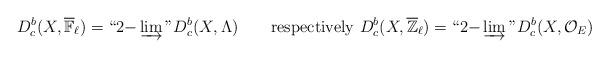
LaTeX: \begin{align*}D_c^b(X,\overline{\mathbb F}_\ell)=``2{\rm-}\varinjlim" D_c^b(X,\Lambda)\qquad{\rm respectively}~D_c^b(X,\overline{\mathbb Z}_\ell)=``2{\rm-}\varinjlim" D_c^b(X, \mathcal O_E)\end{align*}